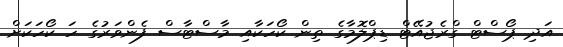
އަދި ޕޯސްޓް ގްރެޖުއޭޓް ޑިޕްލޮމާގެ ތިން ކޯހަކާއި މާސްޓާސް ފެންވަރުގެ ހަ ކޯހަކަށް